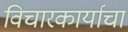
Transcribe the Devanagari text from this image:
विचारकार्याचा